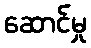
ဆောင်မှု